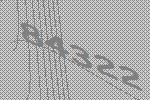
84322